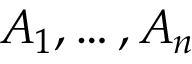
A _ { 1 } , \dotsc , A _ { n }